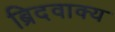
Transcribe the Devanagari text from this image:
ब्रिदवाक्य